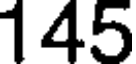
145